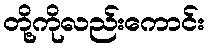
တို့ကိုလည်းကောင်း